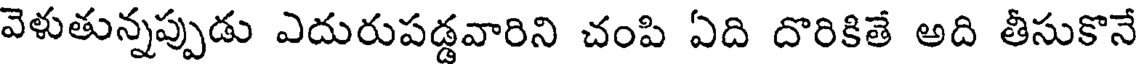
వెళుతున్నప్పుడు ఎదురుపడ్డవారిని చంపి ఏది దొరికితే అది తీసుకొనే